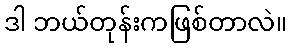
ဒါ ဘယ်တုန်းကဖြစ်တာလဲ။